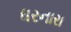
ધરનારા